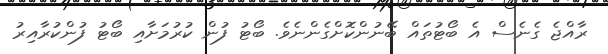
ރާއްޖެ ގެނެސް އެ ބޯޓުތައް ބޭނުންކޮށްގެންނެވެ. ބޯޓު ފުން ކުރުމަށާއި ބޯޓު ފުންކުރާއިރު